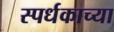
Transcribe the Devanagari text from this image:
स्पर्धकाच्या